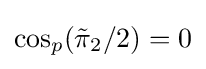
\cos _{p}({\tilde {\pi }}_{2}/2)=0